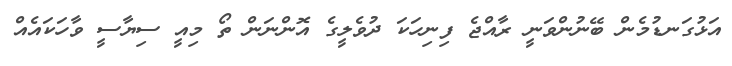
އަޅުގަނޑުމެން ބޭނުންވަނީ ރާއްޖެ ފިނިހަކަ ދުވެލީގެ އޮންނަން ތޯ މިއީ ސިޔާސީ ވާހަކައެއް